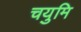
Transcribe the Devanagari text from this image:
चयुमि